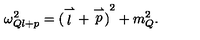
\omega _ { Q l + p } ^ { 2 } = { ( \stackrel { \rightharpoonup } { l } + \stackrel { \rightharpoonup } { p } ) } ^ { 2 } + m _ { Q } ^ { 2 } .